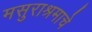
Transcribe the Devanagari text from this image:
मसुराश्रमाचे